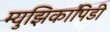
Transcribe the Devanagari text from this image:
म्युझिकापिडी